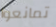
تمانعوا